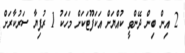
2 އިން ބިން ދޭންވީ ކުއްޔަށް އަކަފޫޓަކަށް މަހަކު 1 ރުފިޔާ ސަރުކާރަށް